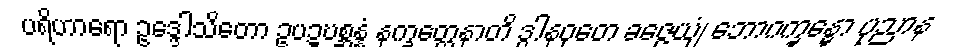
ပရိဟာရော ဥဒ္ဒေါသိတော ဥပဍ္ဎစ္ဆန္နံ နက္ခတ္တေနာတိ ဒွါနဝုတေ ခဇ္ဇေယျံ ဘောဂက္ခန္ဓော ပုညာန